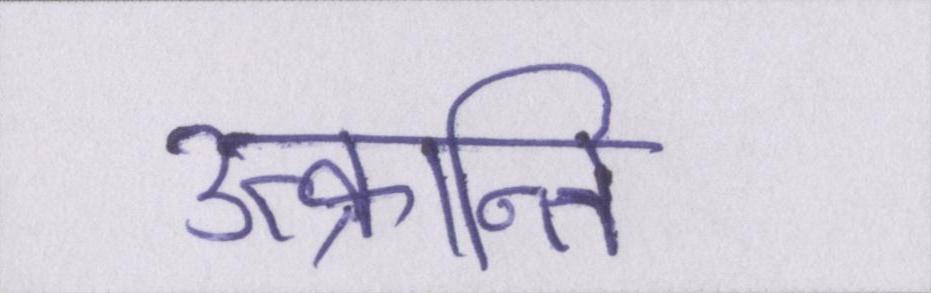
उत्क्रान्ति